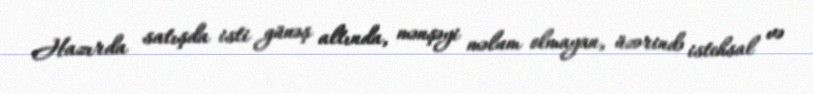
Hazırda satışda isti günəş altında, mənşəyi məlum olmayan, üzərində istehsal və